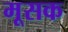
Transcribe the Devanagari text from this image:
मूसक